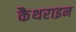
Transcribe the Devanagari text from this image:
कैथराइन